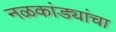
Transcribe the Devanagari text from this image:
नळकांड्यांचा